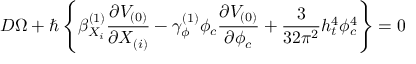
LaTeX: D \Omega + \hbar \left\{ \beta _ { X _ { i } } ^ { ( 1 ) } \frac { \partial V _ { ( 0 ) } } { \partial X _ { ( i ) } } - \gamma _ { \phi } ^ { ( 1 ) } \phi _ { c } \frac { \partial V _ { ( 0 ) } } { \partial \phi _ { c } } + \frac { 3 } { 3 2 \pi ^ { 2 } } h _ { t } ^ { 4 } \phi _ { c } ^ { 4 } \right\} = 0